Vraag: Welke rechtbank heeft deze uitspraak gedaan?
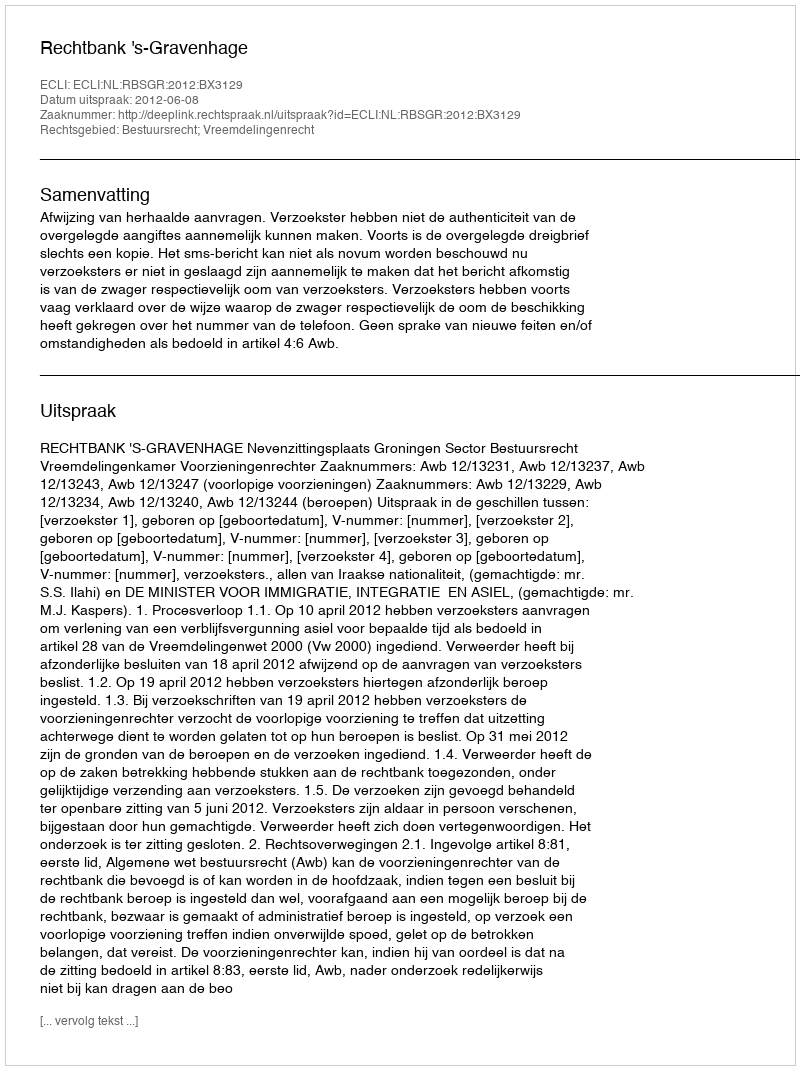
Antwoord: Rechtbank 's-Gravenhage